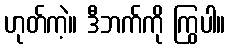
ဟုတ်ကဲ့။ ဒီဘက်ကို ကြွပါ။